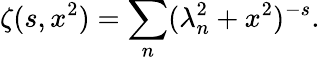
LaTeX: \zeta(s,x^{2})=\sum_{n}(\lambda_{n}^{2}+x^{2})^{-s}{.}